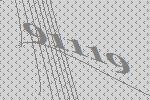
91119